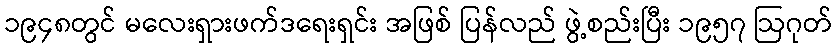
၁၉၄၈တွင် မလေးရှားဖက်ဒရေးရှင်း အဖြစ် ပြန်လည် ဖွဲ့စည်းပြီး ၁၉၅၇ ဩဂုတ်